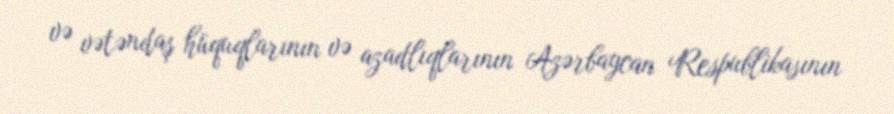
və vətəndaş hüquqlarının və azadlıqlarının Azərbaycan Respublikasının